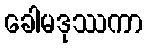
ခေါမဒုဿကာ